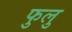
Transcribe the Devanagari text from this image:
फुलु